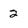
Character: 2